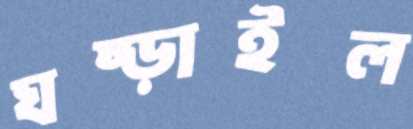
ঘষ্‌ড়াইল